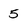
Character: 5